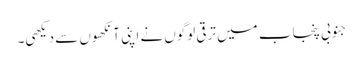
جنوبی پنجاب میں ترقی لوگوں نے اپنی آنکھوں سے دیکھی۔